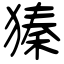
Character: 獉